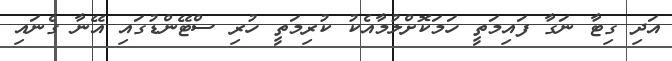
އަދި ގިޓާ ނަގާ ފައިމަތީ ހަމަކޮށްލުމާއެކު ކުރިމަތީ ހުރި ސްޓޭންޑުގައި އޭނާ ގެނައި